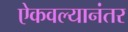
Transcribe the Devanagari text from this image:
ऐकवल्यानंतर